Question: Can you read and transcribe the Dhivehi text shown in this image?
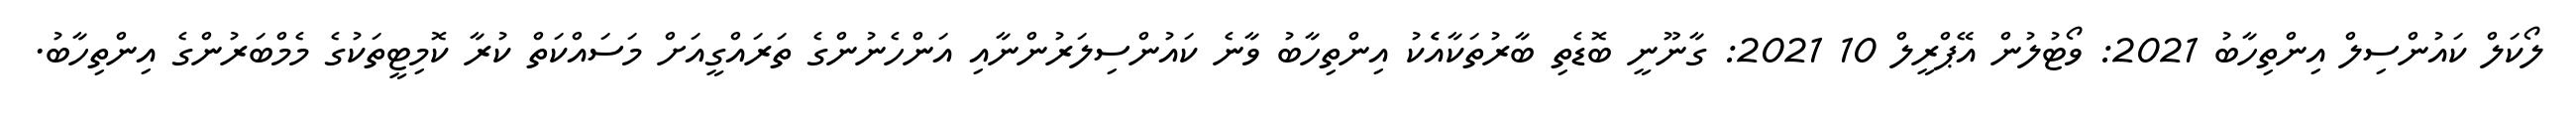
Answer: ލޯކަލް ކައުންސިލް އިންތިހާބު 2021: ވޯޓުލުން އޭޕްރީލް 10 2021: ގާނޫނީ ބޮޑެތި ބާރުތަކާއެެކު އިންތިހާބު ވާނެ ކައުންސިލަރުންނާއި އަންހެނުންގެ ތަރައްގީއަށް މަސައްކަތް ކުރާ ކޮމިޓީތަކުގެ މެމްބަރުންގެ އިންތިހާބު.